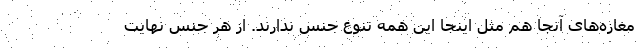
مغازه‌های آنجا هم مثل اینجا این همه تنوع جنس ندارند. از هر جنس نهایت